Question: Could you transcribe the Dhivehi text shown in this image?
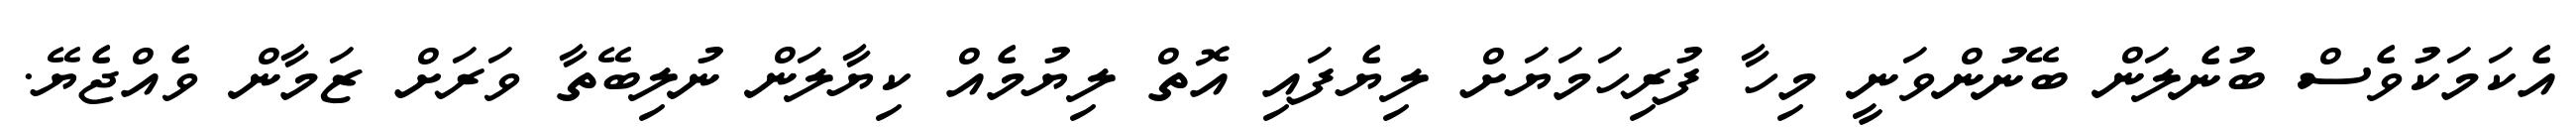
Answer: އެކަމަކުވެސް ބުނެލަން ބޭނުންވަނީ މިހާ ފުރިހަމަޔަށް ލިޔެފައި އޮތް ލިޔުމެއް ކިޔާލަން ނުލިބޭތާ ވަރަށް ޒަމާން ވެއްޖެޔޭ.